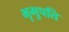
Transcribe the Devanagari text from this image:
भृगुपति